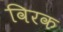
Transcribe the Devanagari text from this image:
विरक